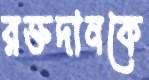
রক্তদানকে